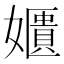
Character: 𡣓